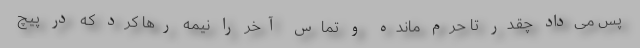
پس می‌داد چقدر تا حرم مانده و تماس آخر را نیمه رها کرد که در پیچ